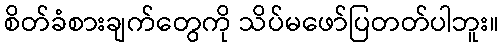
စိတ်ခံစားချက်တွေကို သိပ်မဖော်ပြတတ်ပါဘူး။